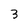
Character: 3